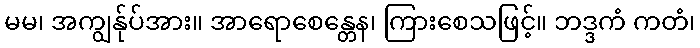
မမ၊ အကျွန်ုပ်အား။ အာရောစေန္တေန၊ ကြားစေသဖြင့်။ ဘဒ္ဒကံ ကတံ၊